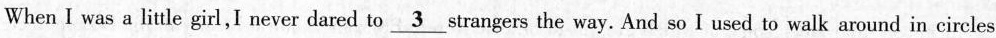
When I was a little girl,I never dared to \underline{3} strangers the way. And so I used to walk around in circles